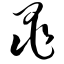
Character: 黾